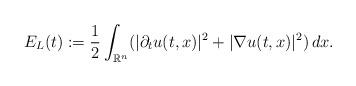
LaTeX: \begin{align*} E_{L}(t) := \frac{1}{2} \int_{\mathbb{R}^n} (|\partial_t u(t,x)|^2 + |\nabla u(t,x)|^2 ) \,dx.\end{align*}